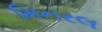
મિનરલ